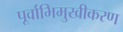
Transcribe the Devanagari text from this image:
पूर्वाभिमुखीकरण